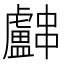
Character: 𬟳